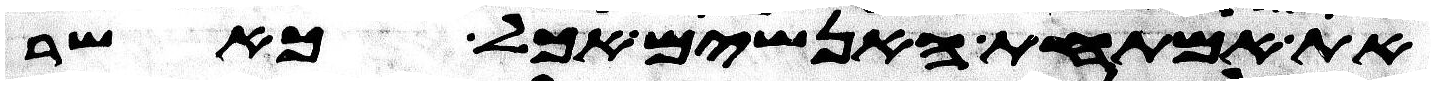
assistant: את אמתחת האנשים אכל כאשר